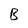
Character: B